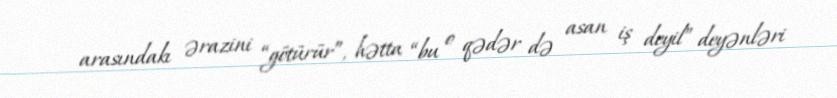
arasındakı ərazini “götürür”, hətta “bu o qədər də asan iş deyil” deyənləri